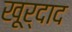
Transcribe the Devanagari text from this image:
खूर्दाद